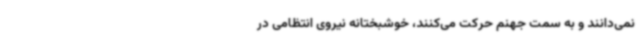
نمی‌دانند و به سمت جهنم حرکت می‌کنند، خوشبختانه نیروی انتظامی در